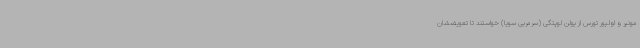
مونیر و اولیور تورس از یولن لوپتگی (سرمربی سویا) خواستند تا تعویضشان